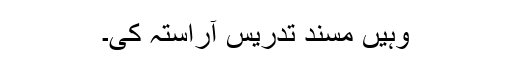
وہیں مسند تدریس آراستہ کی۔